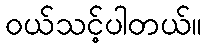
ဝယ်သင့်ပါတယ်။